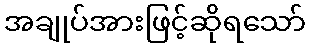
အချုပ်အားဖြင့်ဆိုရသော်